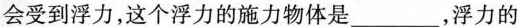
会受到浮力，这个浮力的施力物体是___，浮力的